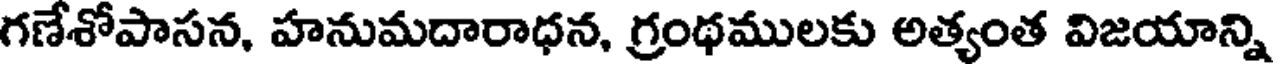
గణేశోపాసన, హనుమదారాధన, గ్రంథములకు అత్యంత విజయాన్ని